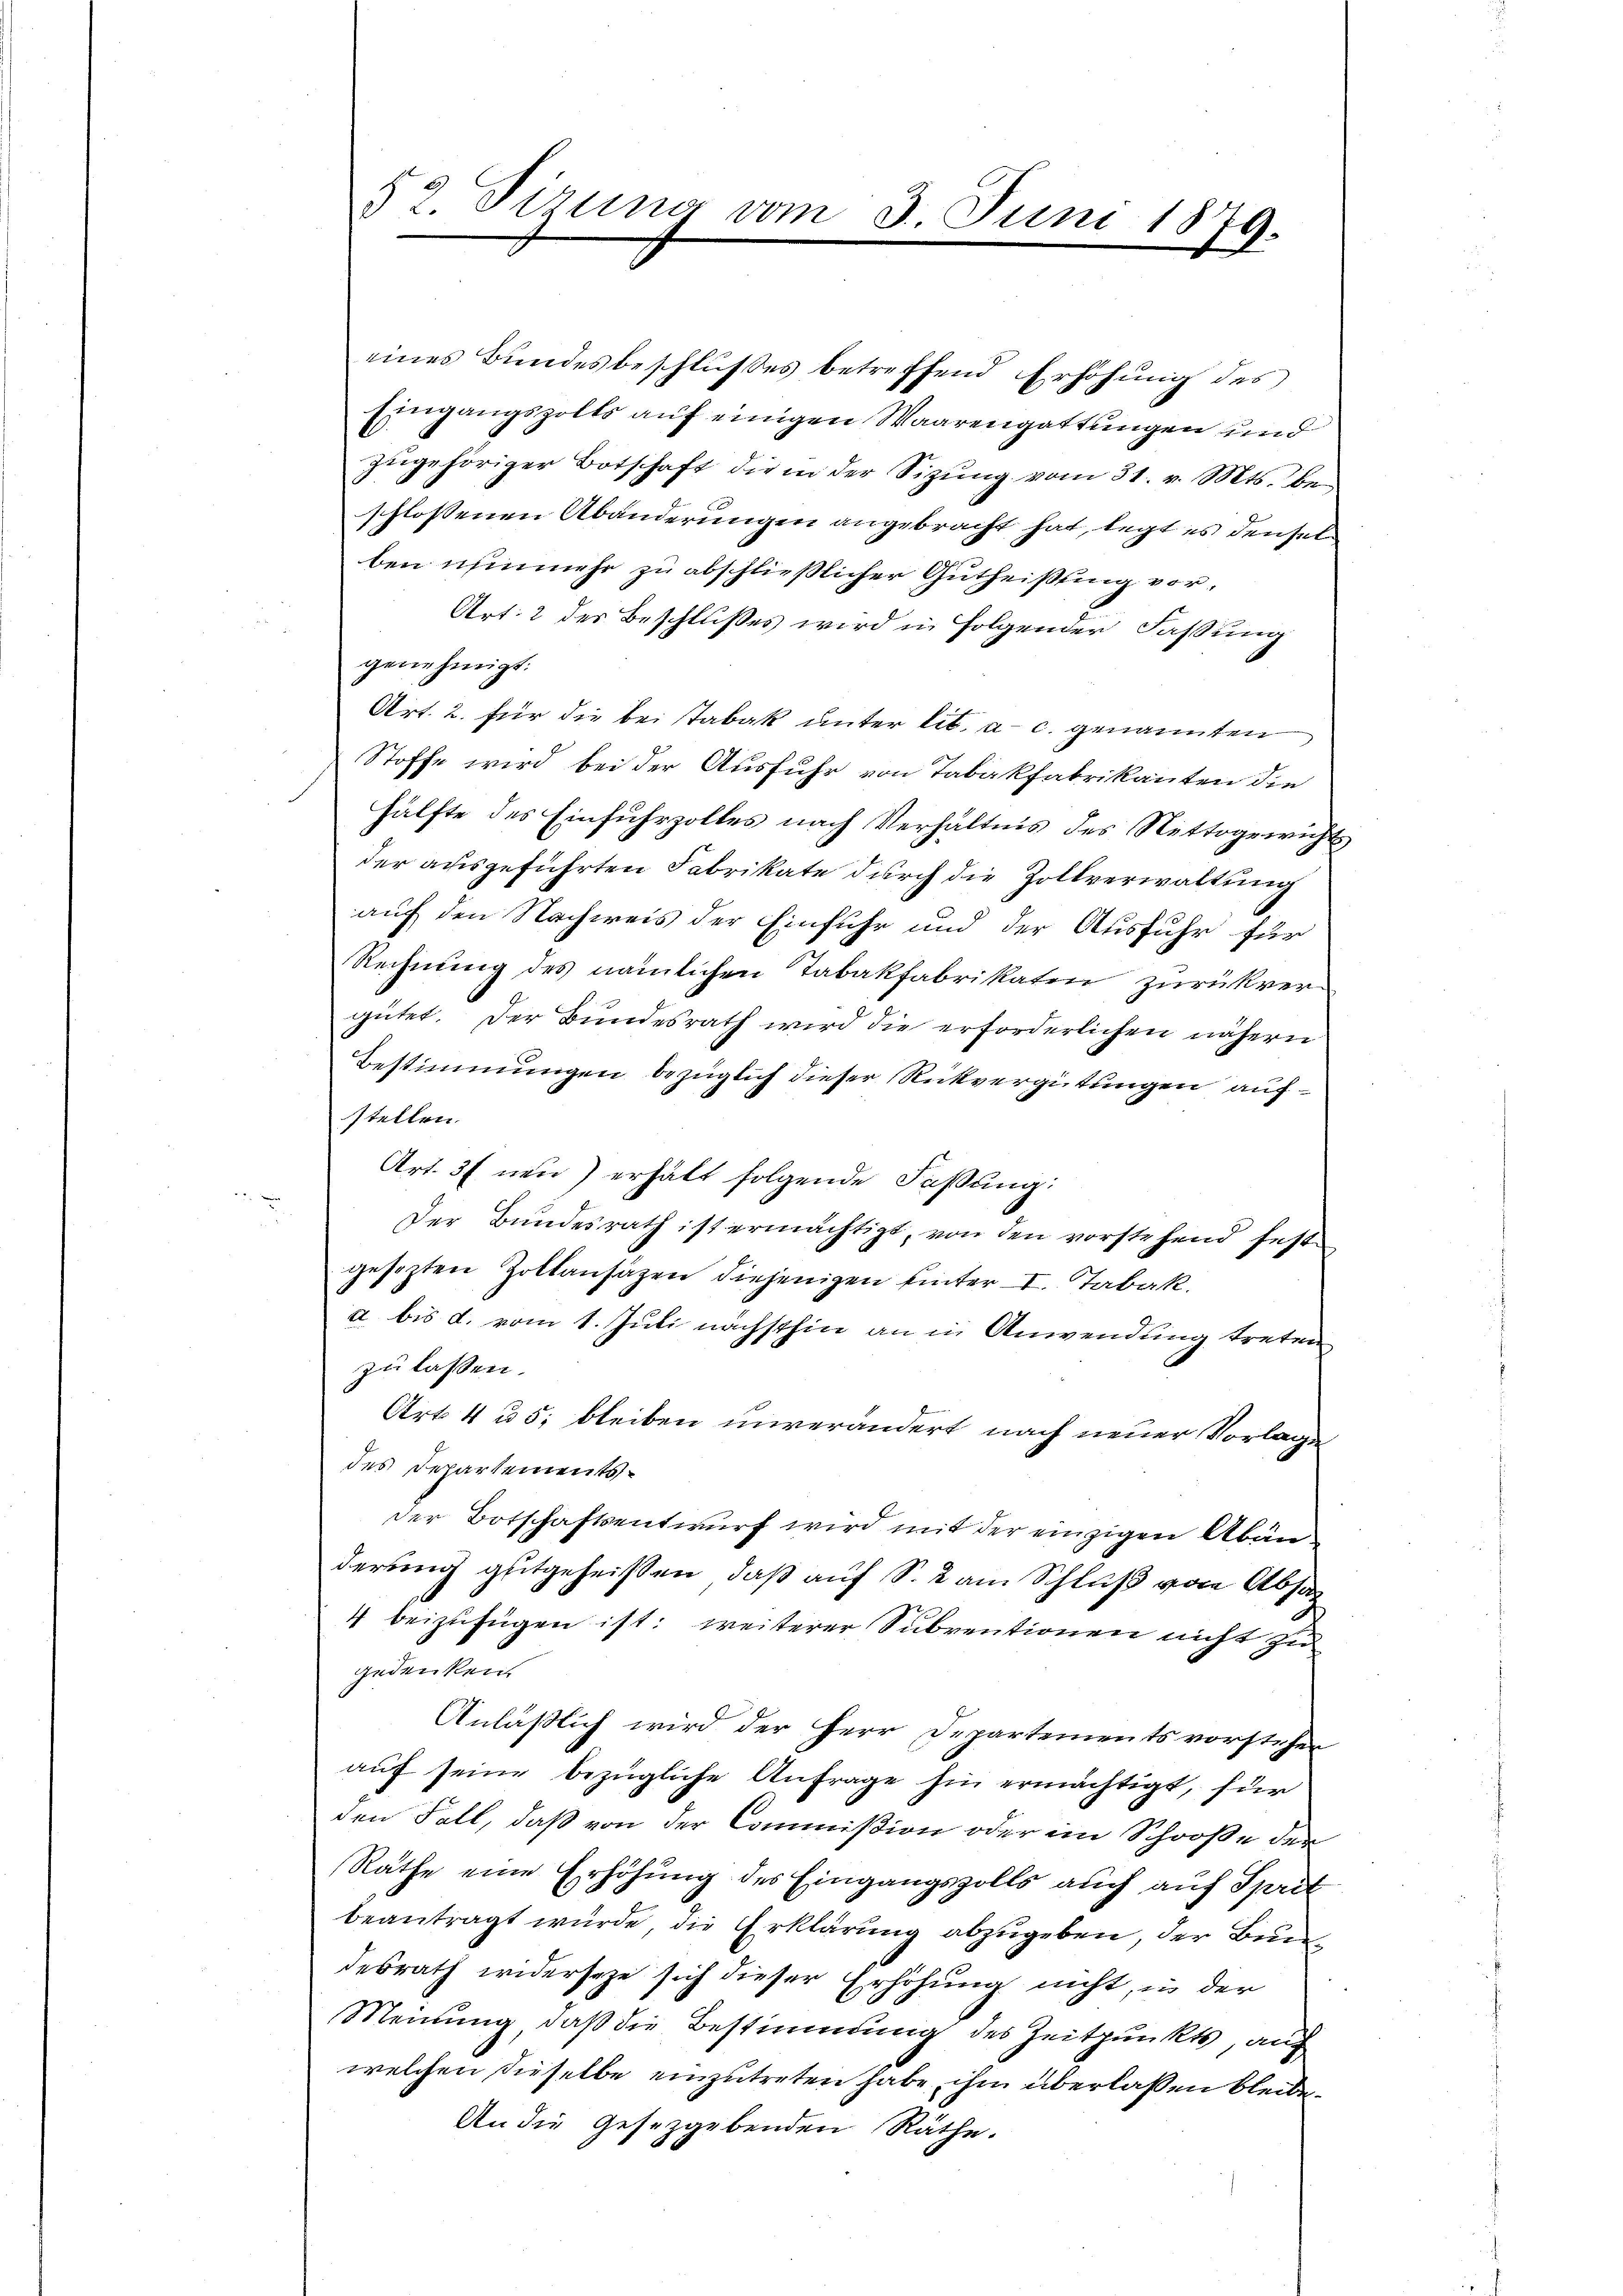
52. Sirung vom 3. Juni 1879.

eines Bundesbeschlußes betreffend Erhöhung des
Eingangszolts auf einigen Waarengattungen und
zŭgehöriger Botschaft die in der Sitzŭng vom 31. v. Mts. be
schlossenen Abänderungen angebracht hat, legt es denselben nunmehr zu abschließlicher Gutheißung vor¬
Art. 2 des Beschlußes wird in Folgender Faßung
genehmigt.
Art. 2. für die bei Tabak unter lit. a. c. genannten
Stoffe wird bei der Ausfuhr von Tabakfabrikanten die
hälfte des Einfuhrzolles nach Verhältnis des Nettogewicht
der ausgeführten Fabrikate durch die Zollverwaltung
auf den Nachweis der Einfuhr und der Ausfuhr für
Rechnung des nämlichen Tabakfabrikaten zurückvergütet. Der Bundesrath wird die erforderlichen nähern
Bestimmungen bezüglich dieser Rückvergütungen aufstellen.
Art. 37 neu erhält folgende Faßung:
Der Bundesrath ist ermächtigt, von den vorstehend festgesezten Zollansätzen diejenigen hinter I Tabak.
a bis d. vom 1. Juli nächsthin an in Anwendung treten
zu lassen.
Art. 4 u 5; bleiben unverändert nach neuer Vorlage
des Departementsder Botschaftsentwurf wird mit der einzigen Abänderung gutgeheißen, daß auf S. 2 am Schluß von Absag
4 beizufügen ist: weiterer Subventionen nicht zu
gedenken.
Anläßlich wird der Herr Departements vorstehen
aŭf seine bezügliche Anfrage hin ermächtigt, für
den Fall, daß von der Commißion oder im Schooße der
Räthe eine Erhöhung des Eingangszolls auch auf Sprit
beantragt würde, die Erklärung abzugeben, der Bund
desrath widerseze sich dieser Erhöhung nicht, in der
Meinung, daß die Bestimmung des Zeitpunkts, auf
welchen dieselbe einzutreten habe, ihm überlaßen bleibe.
An die Gesetzgebenden Räthe.